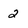
Character: 2